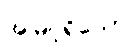
အမြင့်ရှိသော